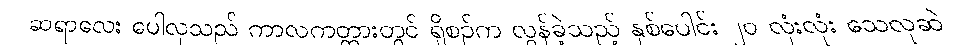
ဆရာလေး ပေါလုသည် ကာလကတ္တားတွင် ရှိစဉ်က လွန်ခဲ့သည့် နှစ်ပေါင်း ၂၀ လုံးလုံး သေလုဆဲ